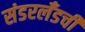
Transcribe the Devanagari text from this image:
संडरलँडची